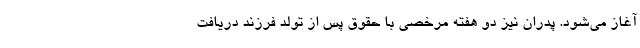
آغاز می‌شود. پدران نیز دو هفته مرخصی با حقوق پس از تولد فرزند دریافت